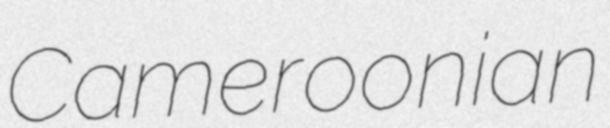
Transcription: Cameroonian